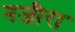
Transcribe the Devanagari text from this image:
नजीरा